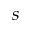
s